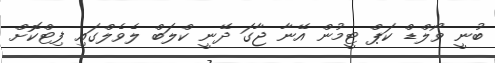
ބުނީ ވޯލްޑް ކަޕް ޓީމުން އޭނާ ޖާގަ ދޭނީ ކްލަބް ލެވެލްގައި ފިޓްކޮށް